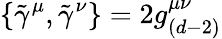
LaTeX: \{ \tilde{\gamma}^{\mu},\tilde{\gamma}^{\nu}\} =2g_{(d-2)}^{\mu\nu}